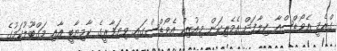
ގްރެމީ އެވޯޑްސްއާ ޚިލާފަށް އެމެރިކަން މިއުޒިކް އެވޯޑްސްގައި ވިޔަފާރީގެ ކާމިޔާބީ އާއި މަގްބޫލުކަމުގެ